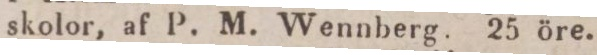
skolor, af P. M. Wennberg. 25 öre.